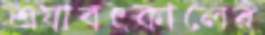
এযাবৎকালের